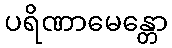
ပရိဏာမေန္တော